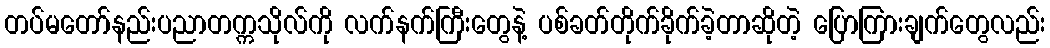
တပ်မတော်နည်းပညာတက္ကသိုလ်ကို လက်နက်ကြီးတွေနဲ့ ပစ်ခတ်တိုက်ခိုက်ခဲ့တာဆိုတဲ့ ပြောကြားချက်တွေလည်း